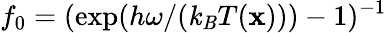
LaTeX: f_{0}=(\exp(h\omega/(\mathit{k}_{\mathit{B}}T(\mathbf{x})))-1)^{-1}